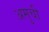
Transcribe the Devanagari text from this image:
अमुची